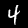
Digit: 4